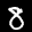
Label: 8